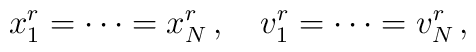
x^r_1 = \cdots = x^r_N\,, \quad v_1^r = \cdots = v_N^r\,,